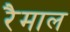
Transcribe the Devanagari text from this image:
रैमाल